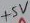
Text: +5V